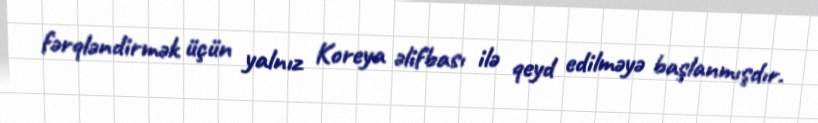
fərqləndirmək üçün yalnız Koreya əlifbası ilə qeyd edilməyə başlanmışdır.